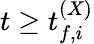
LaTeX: t\geq t_{f,i}^{(X)}